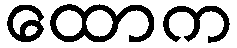
ထောက